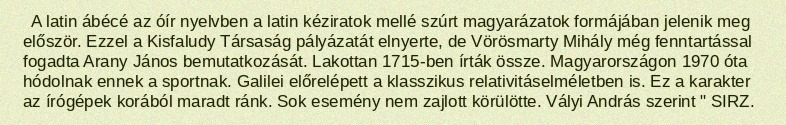
A latin ábécé az óír nyelvben a latin kéziratok mellé szúrt magyarázatok formájában jelenik meg először. Ezzel a Kisfaludy Társaság pályázatát elnyerte, de Vörösmarty Mihály még fenntartással fogadta Arany János bemutatkozását. Lakottan 1715-ben írták össze. Magyarországon 1970 óta hódolnak ennek a sportnak. Galilei előrelépett a klasszikus relativitáselméletben is. Ez a karakter az írógépek korából maradt ránk. Sok esemény nem zajlott körülötte. Vályi András szerint " SIRZ.